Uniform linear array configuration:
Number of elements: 32
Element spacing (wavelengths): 1
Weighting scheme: hann
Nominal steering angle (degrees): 30
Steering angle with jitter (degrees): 31.709
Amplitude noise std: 0.05
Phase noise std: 0.05

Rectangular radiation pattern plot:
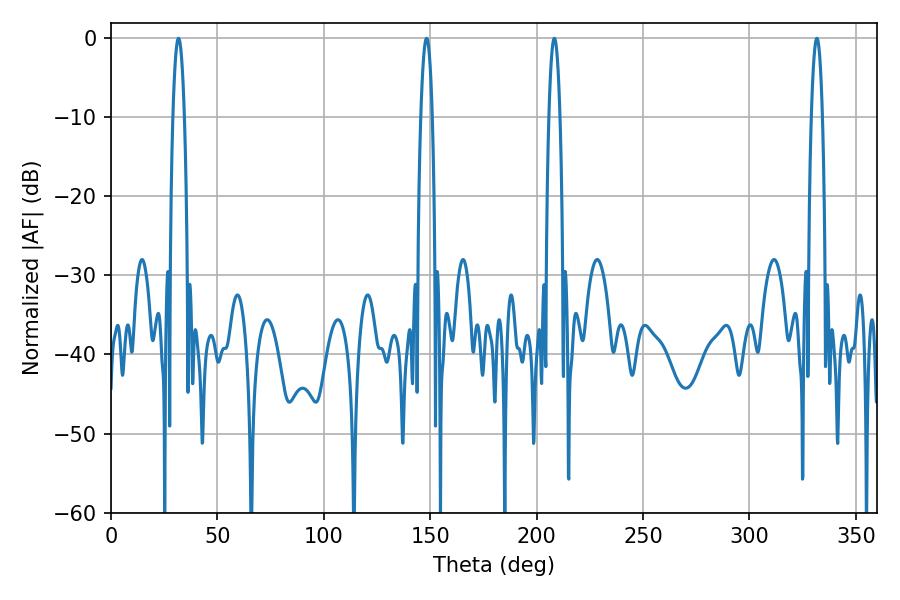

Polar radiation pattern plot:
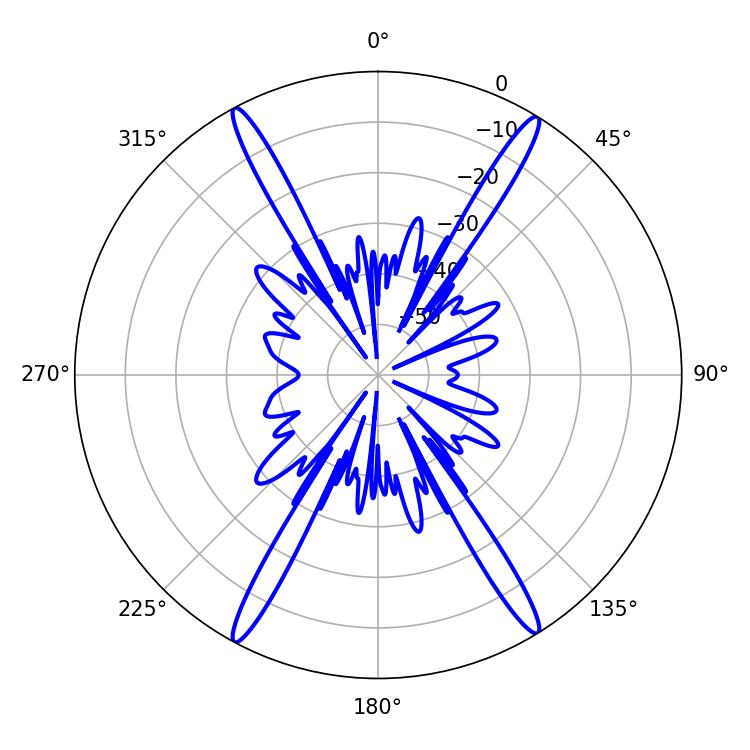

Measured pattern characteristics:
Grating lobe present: TRUE
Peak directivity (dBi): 24.285
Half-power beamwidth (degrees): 2.88
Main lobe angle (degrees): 31.68